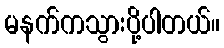
မနက်ကသွားပို့ပါတယ်။